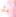
بأم